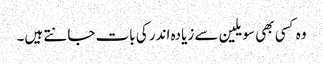
وہ کسی بھی سویلین سے زیادہ اندر کی بات جانتے ہیں۔